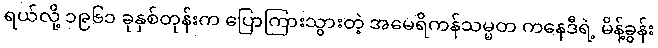
ရယ်လို့ ၁၉၆၁ ခုနှစ်တုန်းက ပြောကြားသွားတဲ့ အမေရိကန်သမ္မတ ကနေဒီရဲ့ မိန့်ခွန်း